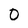
Character: 0